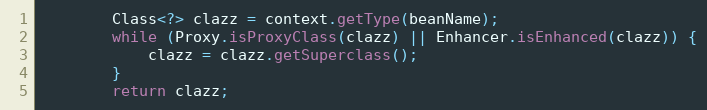
Language: Java
        Class<?> clazz = context.getType(beanName);
        while (Proxy.isProxyClass(clazz) || Enhancer.isEnhanced(clazz)) {
            clazz = clazz.getSuperclass();
        }
        return clazz;